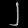
Digit: ၂